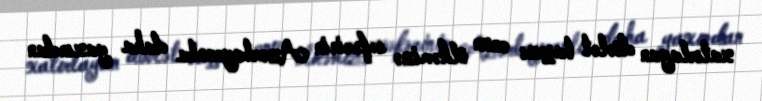
xatırlayan dövlət başçısı onun ölkəmizə səfərinin Azərbaycanla daha yaxından